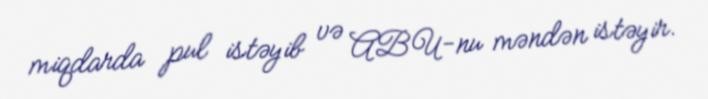
miqdarda pul istəyib və ABU-nu məndən istəyir.